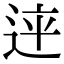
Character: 𨒳